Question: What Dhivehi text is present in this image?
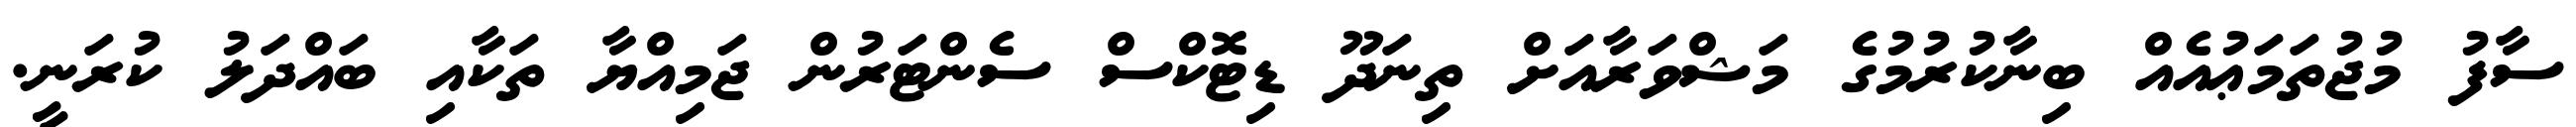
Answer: ސާފު މުޖުތަމަޢުއެއް ބިނާކުރުމުގެ މަޝްވަރާއަށް ތިނަދޫ ޑިޓޮކްސް ސެންޓަރުން ޖަމިއްޔާ ތަކާއި ބައްދަލު ކުރަނީ.